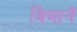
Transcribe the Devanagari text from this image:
विमानें